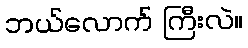
ဘယ်လောက် ကြီးလဲ။